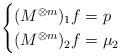
LaTeX: \begin{align*}\begin{cases}(M^{\otimes m})_{1} f = p \\(M^{\otimes m})_{2} f = \mu_2\end{cases}\end{align*}